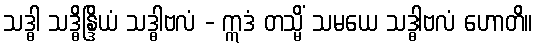
သဒ္ဓါ သဒ္ဓိန္ဒြိယံ သဒ္ဓါဗလံ - ဣဒံ တသ္မိံ သမယေ သဒ္ဓါဗလံ ဟောတိ။